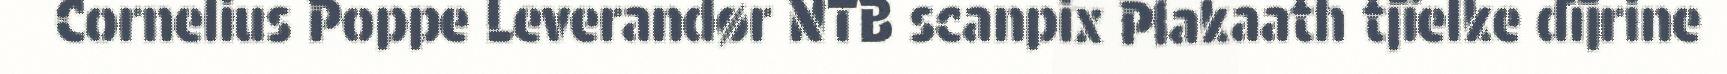
Cornelius Poppe Leverandør NTB scanpix Plakaath tjïelke dïjrine